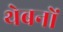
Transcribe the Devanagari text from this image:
थेबनों